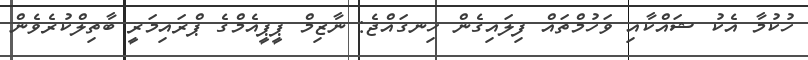
ހުކުމާ އެކު ޝައްކާއި ވަހުމްތައް ފިލައިގެން ހިނގައްޖެ: ނާޒިމް ޕީޕީއެމްގެ ޕްރައިމަރީ ބާތިލްކުރެވެން